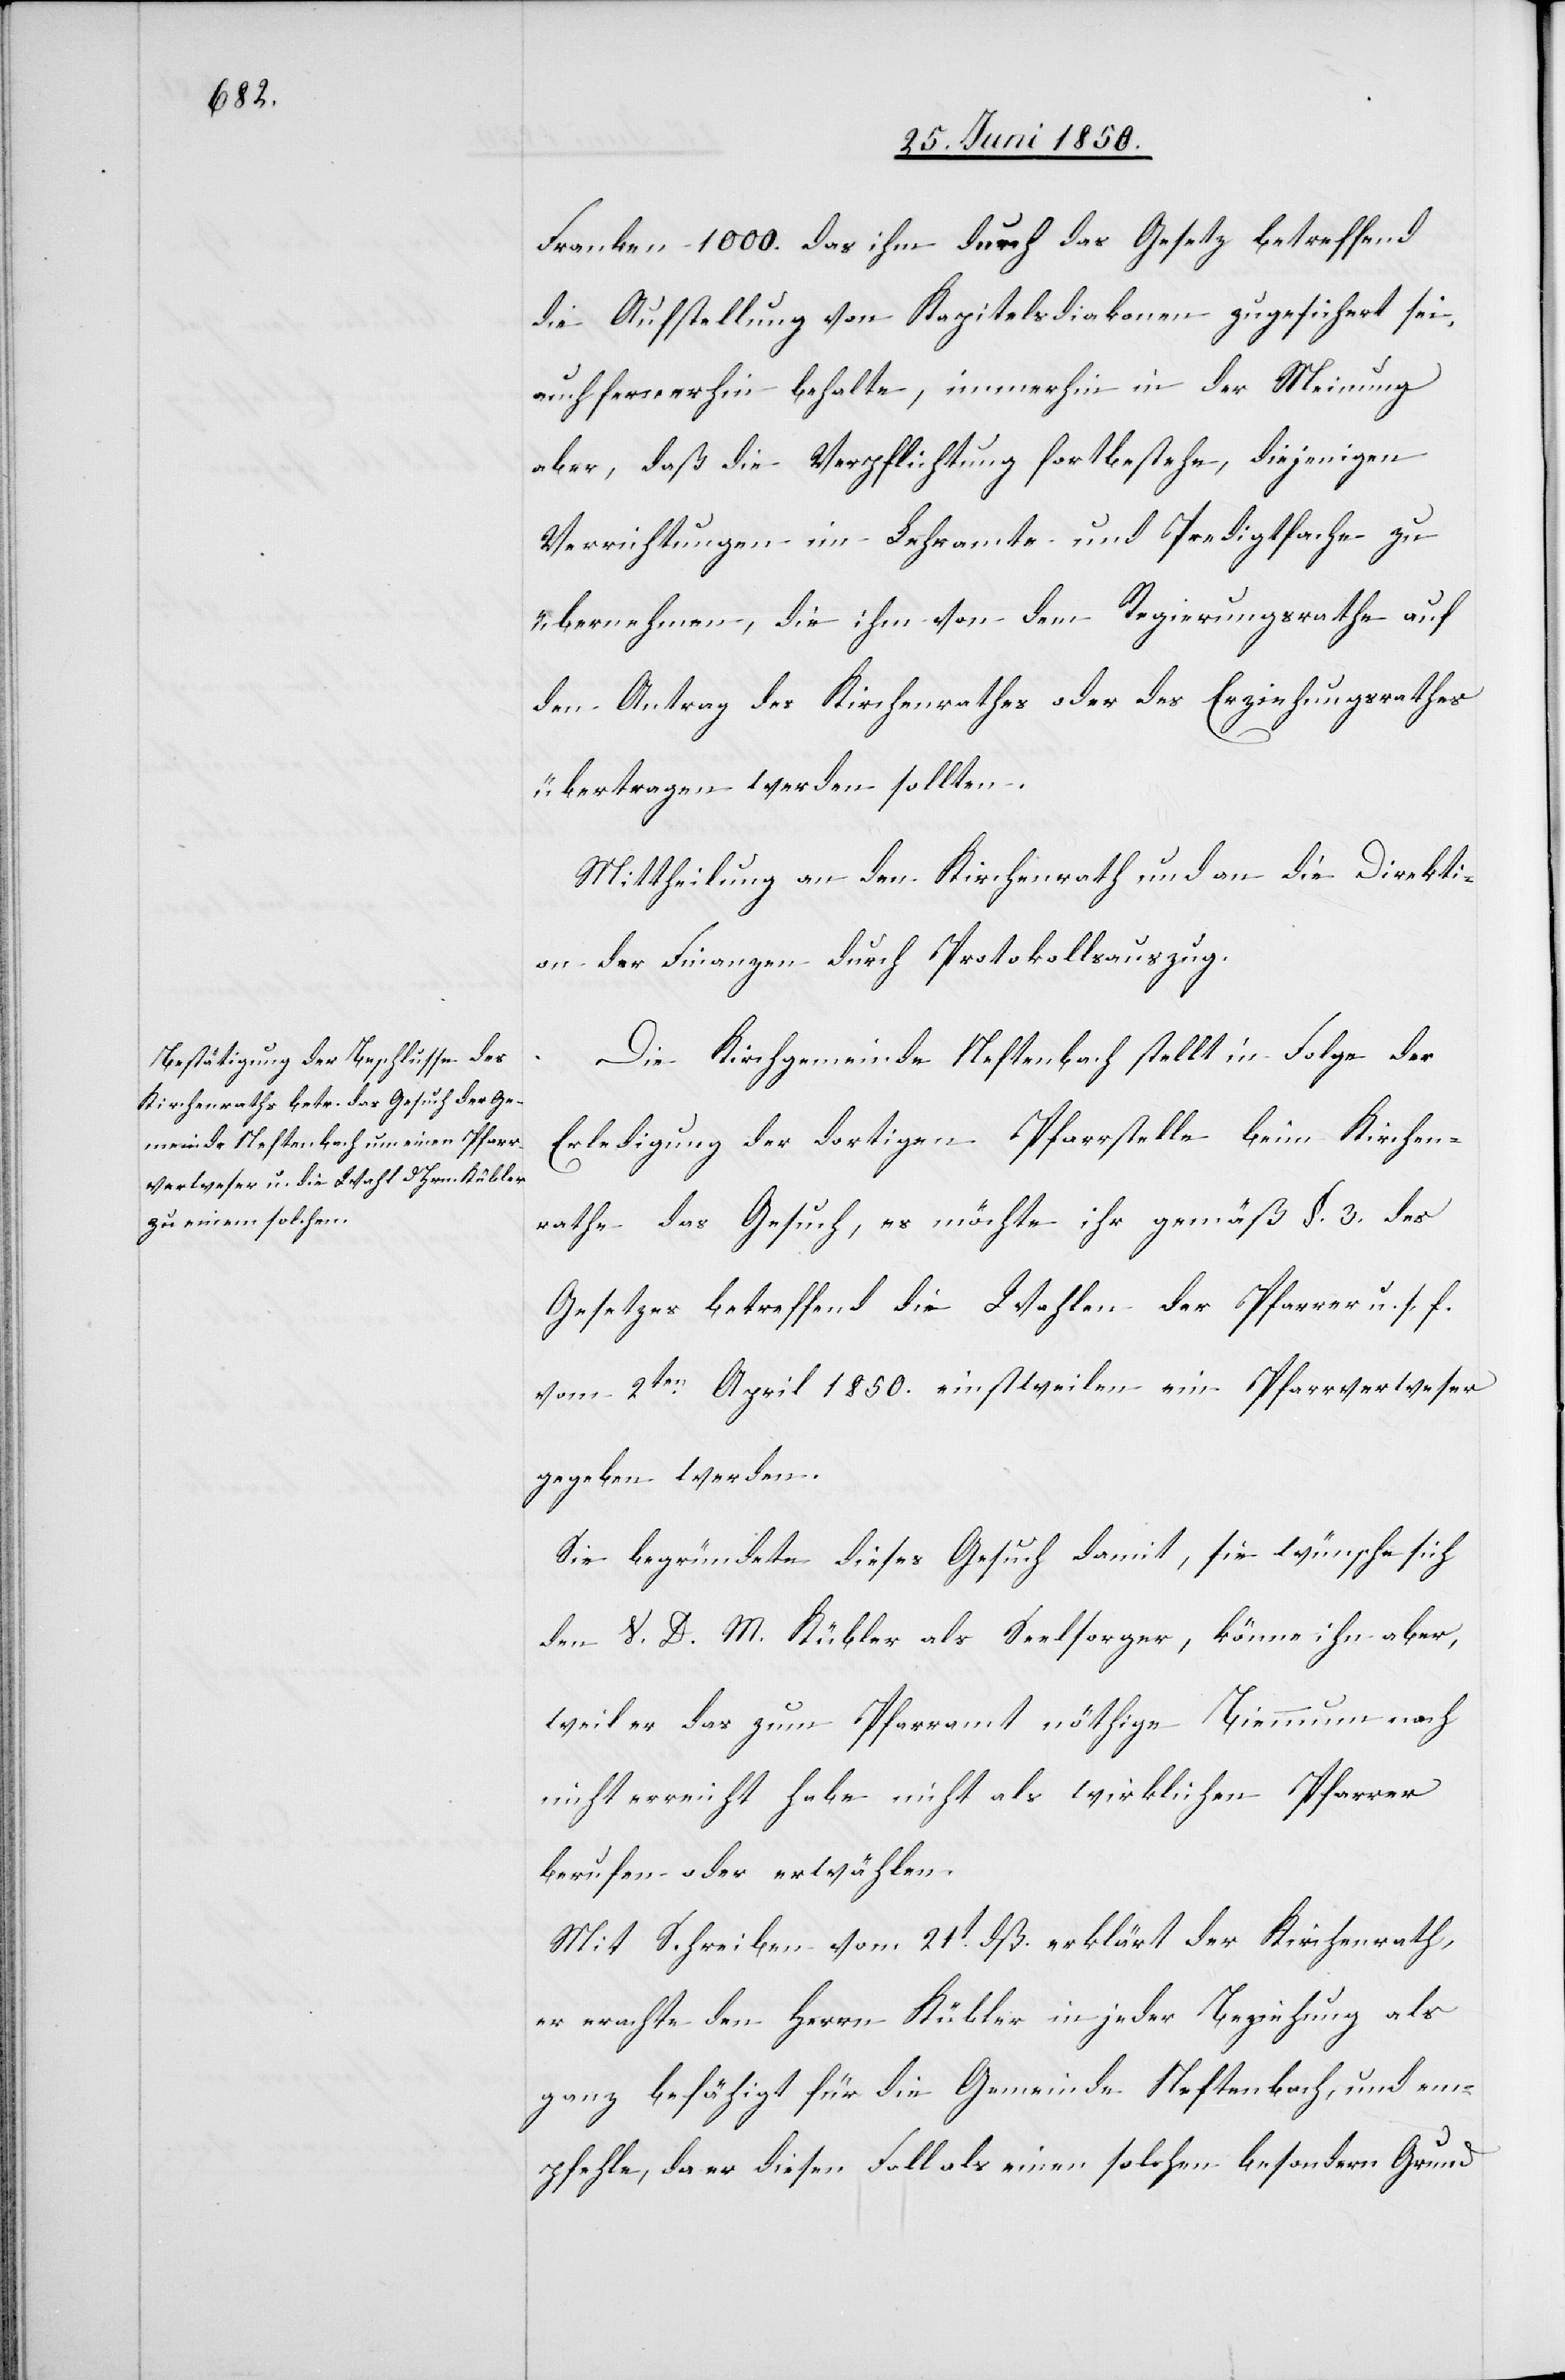
Franken 1000. das ihm durch das Gesetz betreffend
die Aufstellung von Kapitelsdiakonen zugesichert sei,
auch fernerhin behalte, immerhin in der Meinung
aber, daß die Verpflichtung fortbestehe, diejenigen
Verrichtungen im Lehramte und Predigtfache zu
übernehmen, die ihm von dem Regierungsrathe auf
den Antrag des Kirchenrathes oder des Erziehungsrathes
übertragen werden sollten.
Mittheilung an den Kirchenrath und an die Direkti¬
on der Finanzen durch Protokollsauszug.
Die Kirchgemeinde Neftenbach stellt in Folge der
Erledigung der dortigen Pfarrstelle beim Kirchen¬
rathe das Gesuch, es möchte ihr gemäß §. 3. des
Gesetzes betreffend die Wahlen der Pfarrer u. s. f.
vom 2ten April 1850. einstweilen ein Pfarrverweser
gegeben werden.
Sie begründete dieses Gesuch damit, sie wünsche sich
den V. D. M. Kübler als Seelsorger, könne ihn aber,
weil er das zum Pfarramt nöthige Biennum noch
nicht erreicht habe nicht als wirklichen Pfarrer
berufen oder erwählen.
Mit Schreiben vom 21t dß. erklärt der Kirchenrath,
er erachte den Herrn Kübler in jeder Beziehung als
ganz befähigt für die Gemeinde Neftenbach, und em¬
pfehle, da er diesen Fall als einen solchen besondern Grund